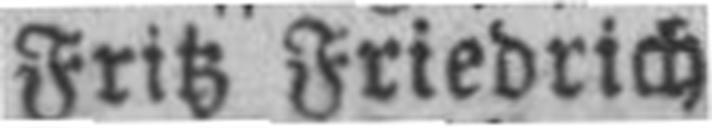
Fritz Friedrich